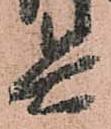
兵